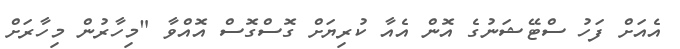
އެއަށް ފަހު ސްޓޭޝަނުގެ އޮން އެއާ ކުރިޔަށް ގޮސްގޮސް އޮއްވާ "މިހާރުން މިހާރަށް